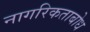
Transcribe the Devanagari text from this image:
नागरिकताबोध